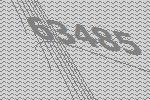
63485